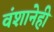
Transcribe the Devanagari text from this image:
वंशानेही